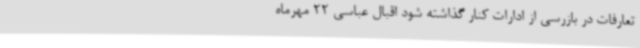
تعارفات در بازرسی از ادارات کنار گذاشته شود اقبال عباسی 22 مهرماه